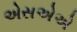
એસએએ